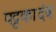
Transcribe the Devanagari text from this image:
पट्टकादंब